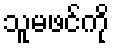
သူမဖင်ကို